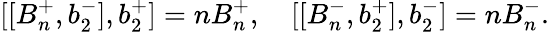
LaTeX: [[B_{n}^{+},b_{2}^{-}],b_{2}^{+}]=nB_{n}^{+},\quad[[B_{n}^{-},b_{2}^{+}],b_{2}^{-}]=nB_{n}^{-}.